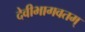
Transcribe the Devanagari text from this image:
देवीभागवतम्